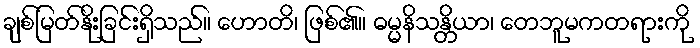
ချစ်မြတ်နိုးခြင်းရှိသည်။ ဟောတိ၊ ဖြစ်၏။ ဓမ္မနိသန္တိယာ၊ တေဘူမကတရားကို